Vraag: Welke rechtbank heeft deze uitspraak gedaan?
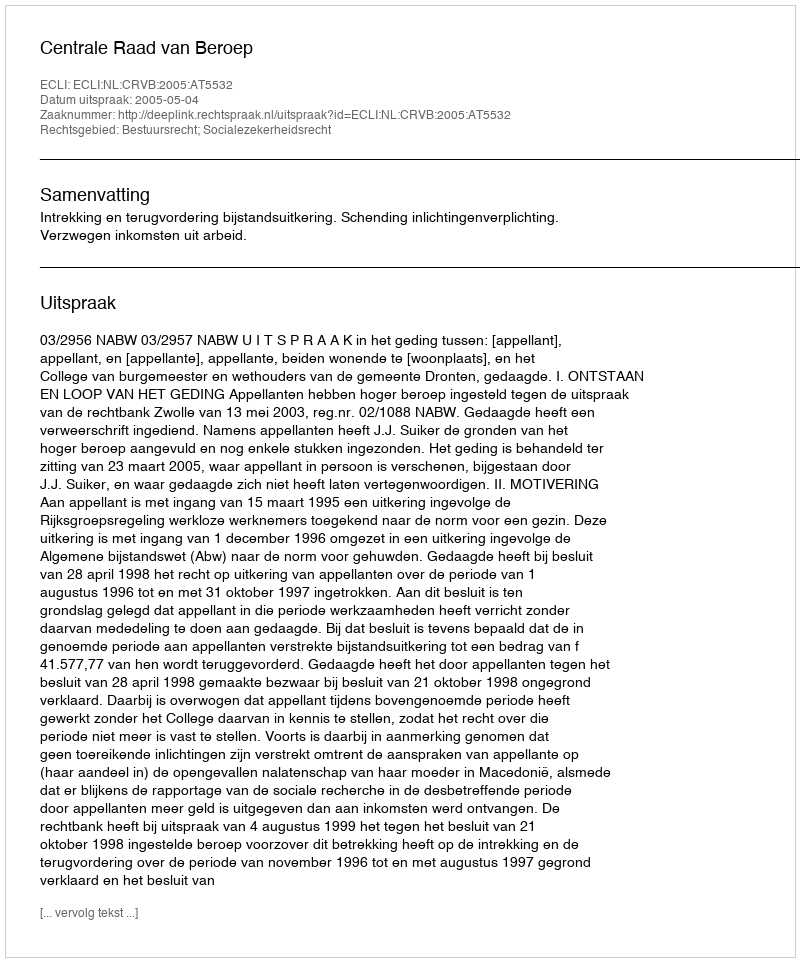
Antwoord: Centrale Raad van Beroep